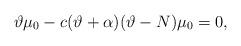
LaTeX: \begin{gather*}\vartheta\mu_{0}-c(\vartheta+\alpha) (\vartheta-N)\mu_{0}=0,\end{gather*}